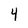
Character: 4